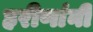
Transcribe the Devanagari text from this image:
हरीणांनी